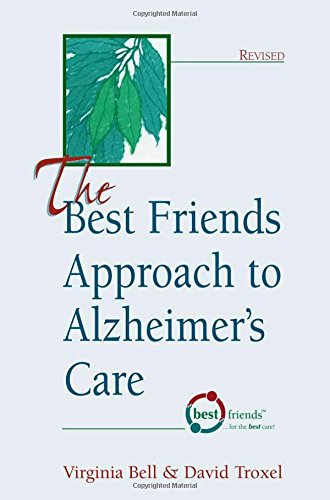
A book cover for The Best Friends Approach to Alzheimer's Care; Virginia Bell; Medical Books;